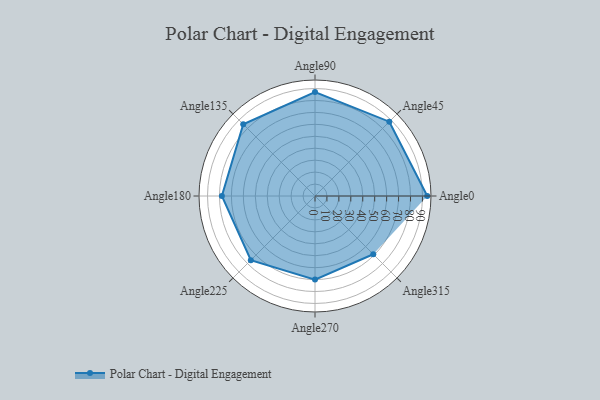
{"axis": {"x": "Angle", "y": "Radius"}, "legend": [""], "data": [{"x": "Angle0", "y": 94.0, "type": ""}, {"x": "Angle45", "y": 88.0, "type": ""}, {"x": "Angle90", "y": 87.0, "type": ""}, {"x": "Angle135", "y": 85.0, "type": ""}, {"x": "Angle180", "y": 78.0, "type": ""}, {"x": "Angle225", "y": 76.0, "type": ""}, {"x": "Angle270", "y": 70.0, "type": ""}, {"x": "Angle315", "y": 69.0, "type": ""}]}